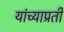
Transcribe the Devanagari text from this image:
यांच्याप्रती